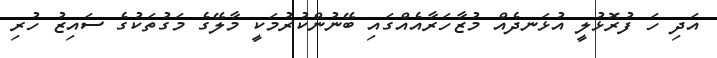
އަދި ހަ ފުރޮޅުލީ އުޅަނދެއް މުޒާހަރާއެއްގައި ބޭނުންކުރުމަކީ މާލޭގެ މަގުތަކުގެ ސައިޒު ހުރި